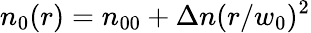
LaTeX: n_{0}(r)=n_{00}+\Delta n(r/w_{0})^{2}